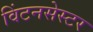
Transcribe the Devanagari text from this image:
विंटनसेस्टर